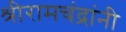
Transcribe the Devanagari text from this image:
श्रीरामचंद्रांनी